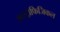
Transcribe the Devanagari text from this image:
आस्ट्रोफिजिकल